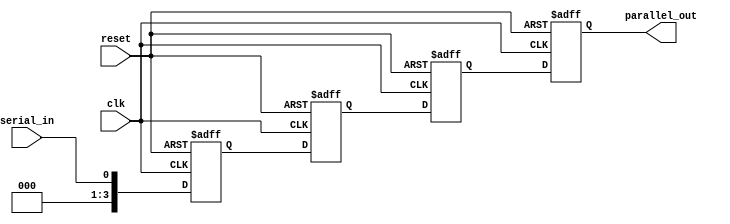
module sipo_register (
    input wire clk,          // Clock input
    input wire reset,        // Reset input
    input wire serial_in,    // Serial input
    output reg [3:0] parallel_out // Parallel output
);

reg [3:0] storage[0:3]; // Define 4 storage elements

always @(posedge clk or posedge reset) begin
    if (reset) begin
        // Reset all storage elements to 0
        storage[0] <= 4'b0000;
        storage[1] <= 4'b0000;
        storage[2] <= 4'b0000;
        storage[3] <= 4'b0000;
    end else begin
        // Shift data through storage elements
        storage[0] <= serial_in;
        storage[1] <= storage[0];
        storage[2] <= storage[1];
        storage[3] <= storage[2];
    end
end

// Output the parallel data
assign parallel_out = storage[3];

endmodule